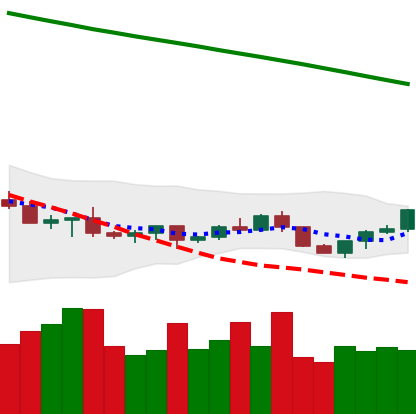
Ticker: LTC-USD
Chart end date: 2022-07-16
Forward return: 5.396%
Label: up_5_7